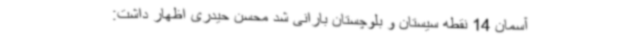
آسمان 14 نقطه سیستان و بلوچستان بارانی شد محسن حیدری اظهار داشت: